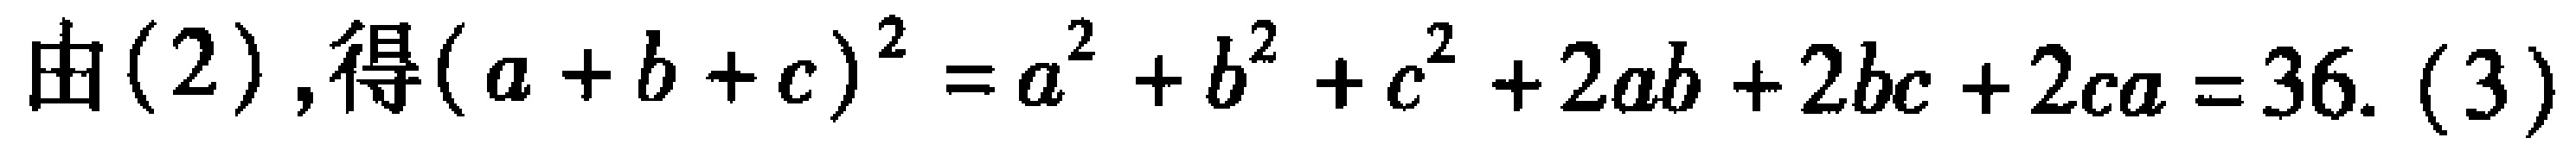
由(2), 得\((a + b + c)^2 = a^{2} + b^{2} + c^{2} + 2ab + 2bc + 2ca = 36\). (3)